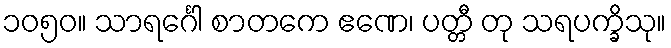
၁၀၅၀။ သာရင်္ဂေါ စာတကေ ဧဏေ၊ ပတ္တီ တု သရပက္ခိသု။